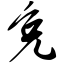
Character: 免